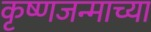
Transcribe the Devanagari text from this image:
कृष्णजन्माच्या